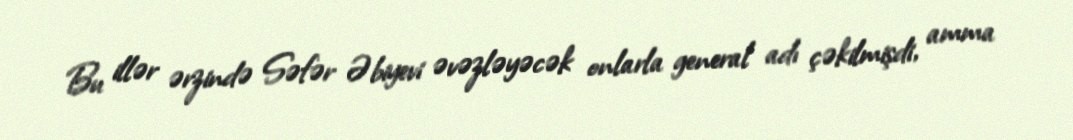
Bu illər ərzində Səfər Əbiyevi əvəzləyəcək onlarla general adı çəkilmişdi, amma